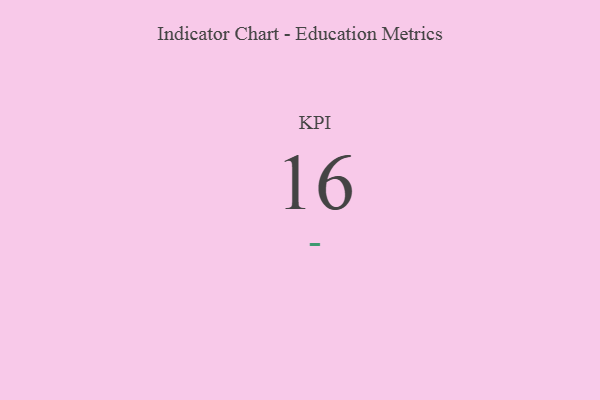
{"axis": {"x": "KPI", "y": "Value"}, "legend": [""], "data": [{"x": "KPI", "y": 16, "type": ""}]}